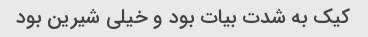
کیک به شدت بیات بود و خیلی شیرین بود